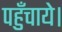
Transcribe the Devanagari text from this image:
पहुँचाये।